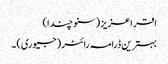
اقرا عزیز ( سنو چندا)
بہترین ڈرامہ رائٹر (جیوری) ۔